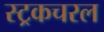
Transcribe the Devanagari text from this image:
स्ट्रकचरल